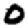
Digit: 0